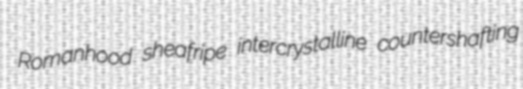
Romanhood sheafripe intercrystalline countershafting